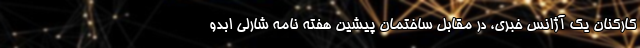
کارکنان یک آژانس خبری، در مقابل ساختمان پیشین هفته نامه شارلی ابدو